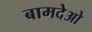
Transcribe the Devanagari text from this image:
बामदेओ